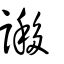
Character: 謻